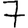
Digit: 7